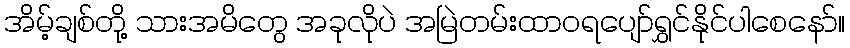
အိမ့်ချစ်တို့ သားအမိတွေ အခုလိုပဲ အမြဲတမ်းထာဝရပျော်ရွှင်နိုင်ပါစေနော်။